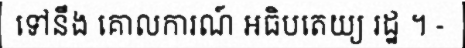
ទៅនឹង គោលការណ៍ អធិបតេយ្យ រដ្ឋ ។ -